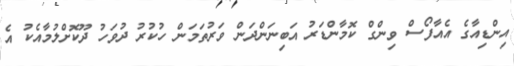
އިންޑިއާގެ އެއާފޯސް ވިންގް ކޮމާންޑަރު އަބިނަންދަން ވަރުތަމަން ހުކުރު ދުވަހު ދޫކޮށްލުމާއެކު އެ